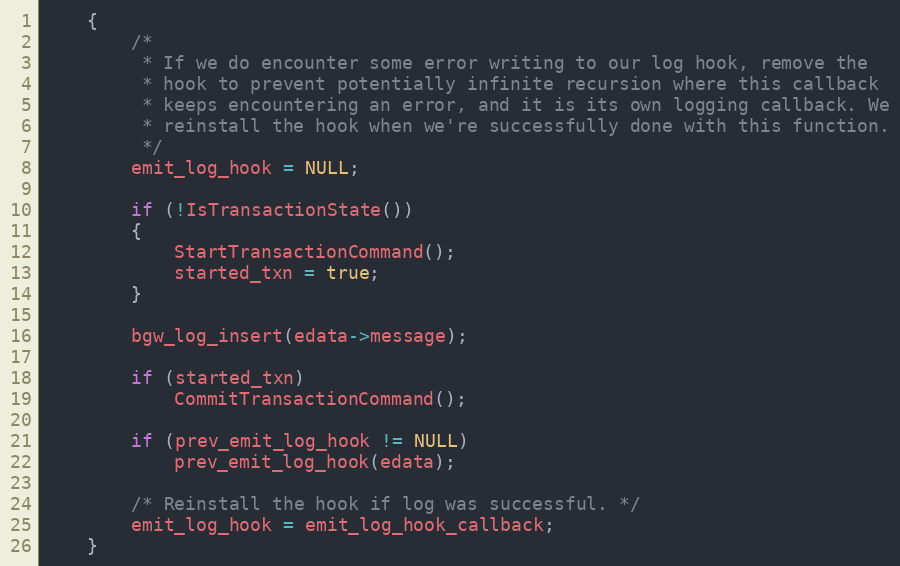
Language: C
	{
		/*
		 * If we do encounter some error writing to our log hook, remove the
		 * hook to prevent potentially infinite recursion where this callback
		 * keeps encountering an error, and it is its own logging callback. We
		 * reinstall the hook when we're successfully done with this function.
		 */
		emit_log_hook = NULL;

		if (!IsTransactionState())
		{
			StartTransactionCommand();
			started_txn = true;
		}

		bgw_log_insert(edata->message);

		if (started_txn)
			CommitTransactionCommand();

		if (prev_emit_log_hook != NULL)
			prev_emit_log_hook(edata);

		/* Reinstall the hook if log was successful. */
		emit_log_hook = emit_log_hook_callback;
	}